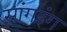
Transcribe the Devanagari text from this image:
सांगइंग